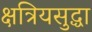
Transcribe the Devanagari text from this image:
क्षत्रियसुद्धा